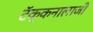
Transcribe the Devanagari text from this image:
टॅक्कनालाजी